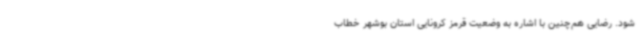
شود. رضایی هم‌چنین با اشاره به وضعیت قرمز کرونایی استان بوشهر خطاب